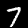
Digit: 7